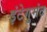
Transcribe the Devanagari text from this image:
इंटेगुमंट